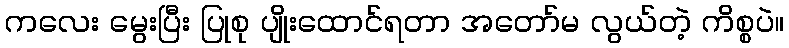
ကလေး မွေးပြီး ပြုစု ပျိုးထောင်ရတာ အတော်မ လွယ်တဲ့ ကိစ္စပဲ။